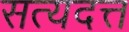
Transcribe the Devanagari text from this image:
सत्यदत्त